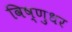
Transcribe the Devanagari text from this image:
विष्णुधर